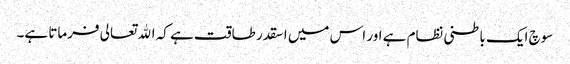
سوچ ایک باطنی نظام ہے اور اس میں اسقدر طاقت ہے کہ الله تعالی فرماتا ہے۔